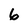
Character: 6